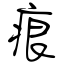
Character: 痕